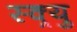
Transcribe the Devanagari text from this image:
स्क्र्यु